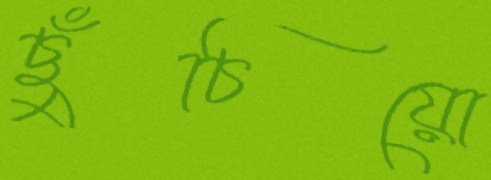
ছুঁচিয়ো